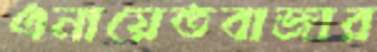
এনায়েতবাজার